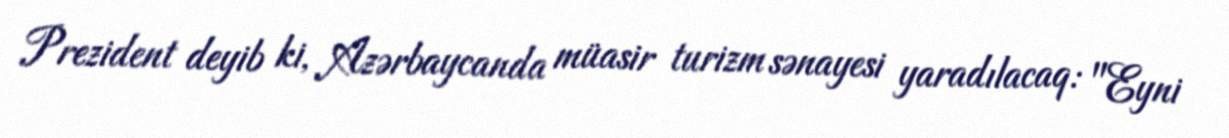
Prezident deyib ki, Azərbaycanda müasir turizm sənayesi yaradılacaq: "Eyni